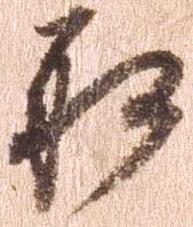
取